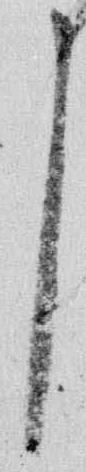
了